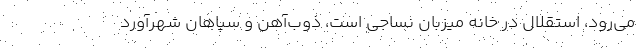
می‌رود، استقلال در خانه میزبان نساجی است، ذوب‌آهن و سپاهان شهرآورد